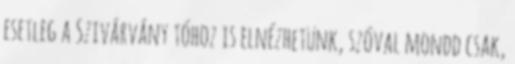
esetleg a Szivárvány tóhoz is elnézhetünk, szóval mondd csak,